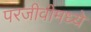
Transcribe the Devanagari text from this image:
परजीवीमध्ये